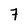
Character: 7